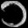
Digit: ၁